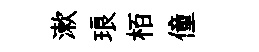
漱琅栢僮